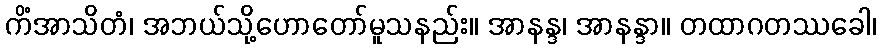
ကိံအာသိတံ၊ အဘယ်သို့ဟောတော်မူသနည်း။ အာနန္ဒ၊ အာနန္ဒာ။ တထာဂတဿခေါ၊